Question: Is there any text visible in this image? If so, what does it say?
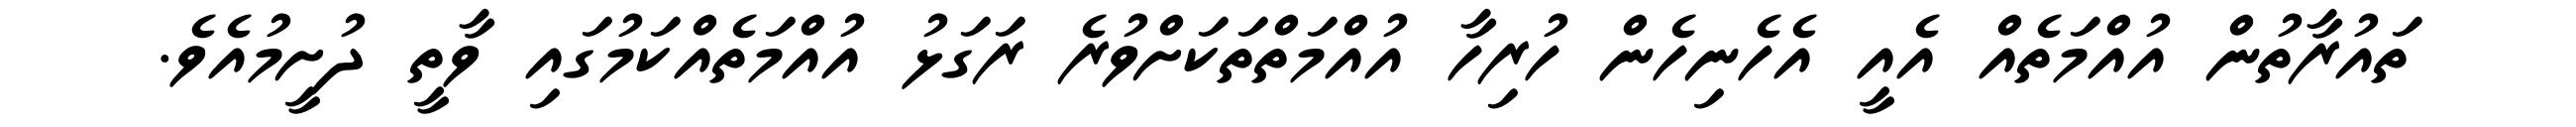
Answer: ތައުރާތުން އުއްމަތެއް އެއީ އެހެނިހެން ހުރިހާ އުއްމަތްތަކަށްވުރެ ރަގަޅު އުއްމަތެއްކަމުގައި ވާތީ ދުށީމުއެވެ.